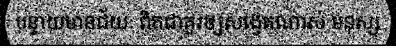
បន្ទាយមានជ័យៈ ពិតជាគួរឲ្យសង្វេគណាស់ មនុស្ស